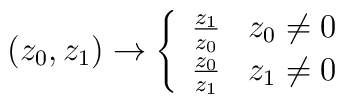
\left( z_{0},z_{1}\right) \rightarrow \left\{\begin{array}{c}\frac{z_{1}}{z_{0}}\;\;\;z_{0}\neq 0 \\\frac{z_{0}}{z_{1}}\;\;\;z_{1}\neq 0\end{array}\right.